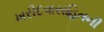
ખરીદવાસહિતની